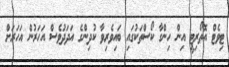
ޓިވެޓް އޮތޯރިޓީ އިން ހިންގާ ކޯސްތަކުގައި ބައިވެރިވާ ކުދިންގެ އަދަދުވެސް އަހަރުން އަހަރަށް